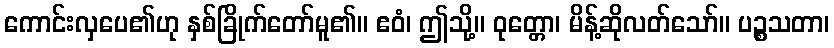
ကောင်းလှပေ၏ဟု နှစ်ခြိုက်တော်မူ၏။ ဧဝံ၊ ဤသို့။ ဝုတ္တော၊ မိန့်ဆိုလတ်သော်။ ပဉ္စသတာ၊